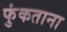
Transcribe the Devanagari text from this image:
फुंकताना